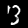
Label: 3